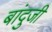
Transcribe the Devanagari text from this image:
बांदुजी